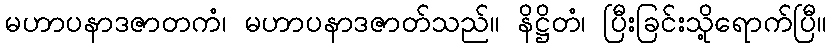
မဟာပနာဒဇာတကံ၊ မဟာပနာဒဇာတ်သည်။ နိဋ္ဌိတံ၊ ပြီးခြင်းသို့ရောက်ပြီ။